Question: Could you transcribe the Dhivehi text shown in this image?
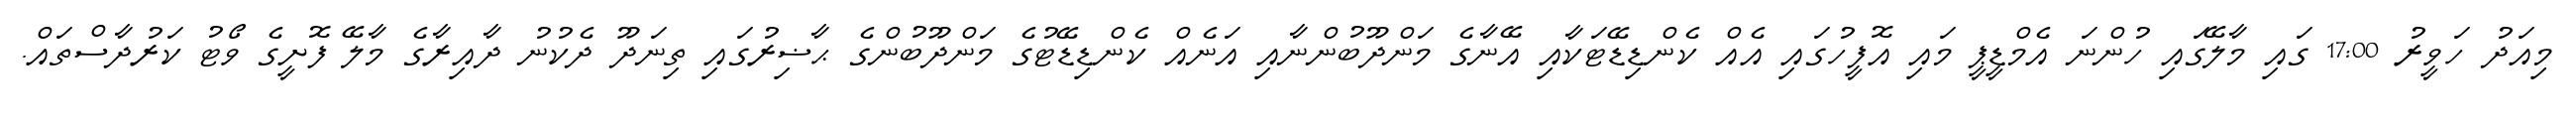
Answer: މިއަދު ހަވީރު 17:00 ގައި މާލޭގައި ހުންނަ އެމްޑީޕީ މައި އޮފީހުގައި އެއް ކެންޑިޑޭޓަކާއި އޭނާގެ މަންދޫބުންނާއި އަނެއް ކެންޑިޑޭޓުގެ މަންދޫބުންގެ ޙާޟިރުގައި ތިނަދޫ ދެކުނު ދާއިރާގެ މާލޭ ފޮށީގެ ވޯޓު ކަރުދާސްތައް.